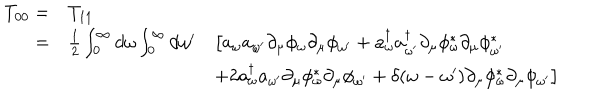
LaTeX: \begin{array} { r l l } { { T _ { 0 0 } = } } & { { T _ { 1 1 } } } & { { } } \\ { { = } } & { { { \frac { 1 } { 2 } } \int _ { 0 } ^ { \infty } d \omega \int _ { 0 } ^ { \infty } d \omega ^ { \prime } } } & { { \big [ a _ { \omega } a _ { \omega ^ { \prime } } \partial _ { \mu } \phi _ { \omega } \partial _ { \mu } \phi _ { \omega ^ { \prime } } + a _ { \omega } ^ { \dagger } a _ { \omega ^ { \prime } } ^ { \dagger } \partial _ { \mu } \phi _ { \omega } ^ { \ast } \partial _ { \mu } \phi _ { \omega ^ { \prime } } ^ { \ast } } } \\ { { } } & { { } } & { { + 2 a _ { \omega } ^ { \dagger } a _ { \omega ^ { \prime } } \partial _ { \mu } \phi _ { \omega } ^ { \ast } \partial _ { \mu } \phi _ { \omega ^ { \prime } } + \delta ( \omega - \omega ^ { \prime } ) \partial _ { \mu } \phi _ { \omega } ^ { \ast } \partial _ { \mu } \phi _ { \omega ^ { \prime } } \big ] } } \\ \end{array}